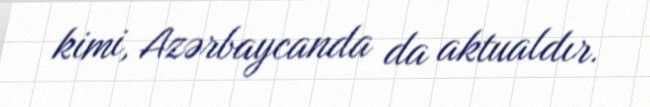
kimi, Azərbaycanda da aktualdır.